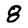
Character: 8